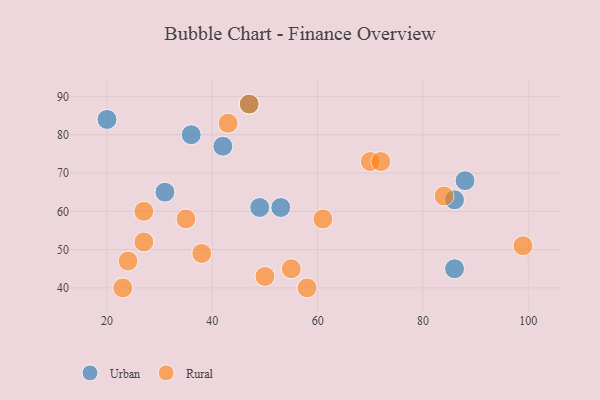
{"axis": {"x": "GDP", "y": "Life Expectancy"}, "legend": ["Rural", "Urban"], "data": [{"x": "31", "y": 65, "type": "Urban"}, {"x": "49", "y": 61, "type": "Urban"}, {"x": "86", "y": 45, "type": "Urban"}, {"x": "20", "y": 84, "type": "Urban"}, {"x": "88", "y": 68, "type": "Urban"}, {"x": "36", "y": 80, "type": "Urban"}, {"x": "47", "y": 88, "type": "Urban"}, {"x": "42", "y": 77, "type": "Urban"}, {"x": "86", "y": 63, "type": "Urban"}, {"x": "53", "y": 61, "type": "Urban"}, {"x": "38", "y": 49, "type": "Rural"}, {"x": "50", "y": 43, "type": "Rural"}, {"x": "47", "y": 88, "type": "Rural"}, {"x": "70", "y": 73, "type": "Rural"}, {"x": "58", "y": 40, "type": "Rural"}, {"x": "84", "y": 64, "type": "Rural"}, {"x": "72", "y": 73, "type": "Rural"}, {"x": "23", "y": 40, "type": "Rural"}, {"x": "43", "y": 83, "type": "Rural"}, {"x": "27", "y": 52, "type": "Rural"}, {"x": "99", "y": 51, "type": "Rural"}, {"x": "55", "y": 45, "type": "Rural"}, {"x": "35", "y": 58, "type": "Rural"}, {"x": "27", "y": 60, "type": "Rural"}, {"x": "24", "y": 47, "type": "Rural"}, {"x": "61", "y": 58, "type": "Rural"}]}